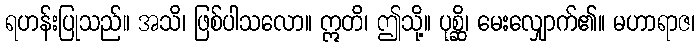
ရဟန်းပြုသည်။ အသိ၊ ဖြစ်ပါသလော။ ဣတိ၊ ဤသို့။ ပုစ္ဆိ၊ မေးလျှောက်၏။ မဟာရာဇ၊